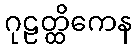
ဂုဠတ္ထိကေန